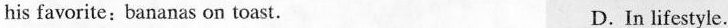
his favorite:bananas on toast. D.In lifestyle.